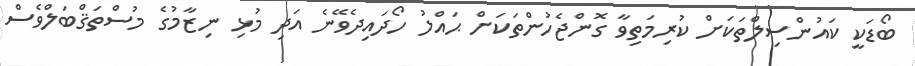
ބޯޑަކީ ކައުންސިލްތަކަށް ކުރިމަތިވާ ގޮންޖެހުންތަކަށް ޙައްލު ހޯދައިދެވޭނެ އަދި މުޅި ނިޒާމުގެ މުސްތަޤްބަލްވެސް